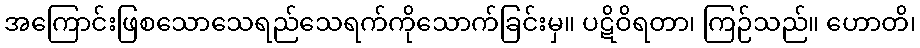
အကြောင်းဖြစသောသေရည်သေရက်ကိုသောက်ခြင်းမှ။ ပဋိဝိရတာ၊ ကြဉ်သည်။ ဟောတိ၊